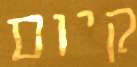
קיום